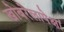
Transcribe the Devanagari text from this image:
खोबरेलापेक्षां